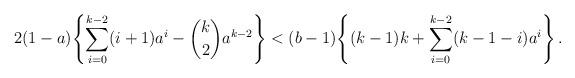
LaTeX: \begin{align*}2(1-a)\Biggl\{\sum_{i=0}^{k-2}(i+1)a^{i}- \binom{k}{2} a^{k-2} \Biggr\} <(b-1)\Biggl\{(k-1)k+\sum_{i=0}^{k-2}(k-1-i)a^{i} \Biggr\}\,.\end{align*}